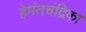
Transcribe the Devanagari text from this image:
हेमंतचंद्रिका